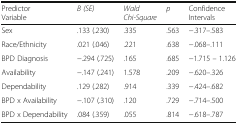
| Predictor Variable | B (SE) | Wald Chi-Square | p | Confidence Intervals |
 | --- | --- | --- | --- | --- |
 | Sex | .133 (.230) | .335 | .563 | −.317–.583 |
 | Race/Ethnicity | .021 (.046) | .221 | .638 | −.068–.111 |
 | BPD Diagnosis | −.294 (.725) | .165 | .685 | −1.715 – 1.126 |
 | Availability | −.147 (.241) | 1.578 | .209 | −.620–.326 |
 | Dependability | .129 (.282) | .914 | .339 | −.424–.682 |
 | BPD x Availability | −.107 (.310) | .120 | .729 | −.714–.500 |
 | BPD x Dependability | .084 (.359) | .055 | .814 | −.618–.787 |